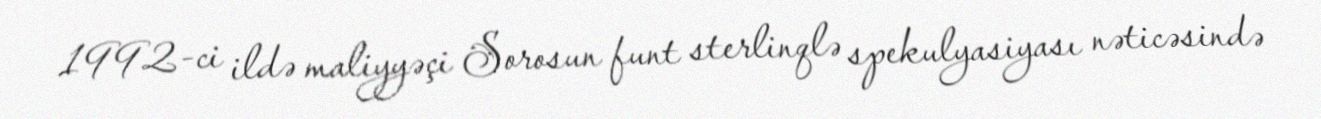
1992-ci ildə maliyyəçi Sorosun funt sterlinqlə spekulyasiyası nəticəsində